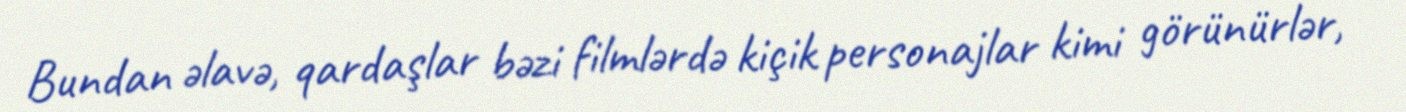
Bundan əlavə, qardaşlar bəzi filmlərdə kiçik personajlar kimi görünürlər,